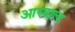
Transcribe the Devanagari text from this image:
आस्वाल्ड